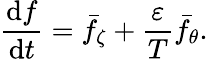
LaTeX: \frac{\mathrm{d}f}{\mathrm{d}t}=\bar{f}_{\zeta}+\frac{\varepsilon}{T}\bar{f}_{\theta}.